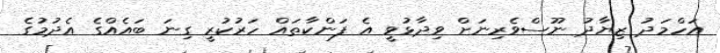
އަހްމަދު ޒިޔާދު ނޫސްވެރިނަށް ވިދާޅުވީ އެ ފަންކާތައް ހަރުކުރީ ގިނަ ބައެއްގެ އެދުމުގެ